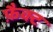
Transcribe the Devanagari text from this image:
फ़ैक्ट